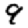
Digit: 9